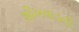
શીખવાડતી